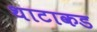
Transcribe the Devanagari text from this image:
थाटाकड